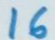
16